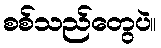
စစ်သည်တွေပဲ။